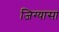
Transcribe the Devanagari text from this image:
जिग्यासा